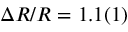
\Delta R / R = 1 . 1 ( 1 ) \